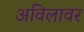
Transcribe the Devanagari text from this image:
अविलावर